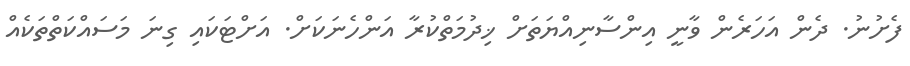
ފެށުނު. ދެން އަހަރެން ވާނީ އިންސާނިއްޔަތަށް ޚިދުމަތްކުރާ އަންހެނަކަށް. އަށްޓަކައި ގިނަ މަސައްކަތްތަކެއް